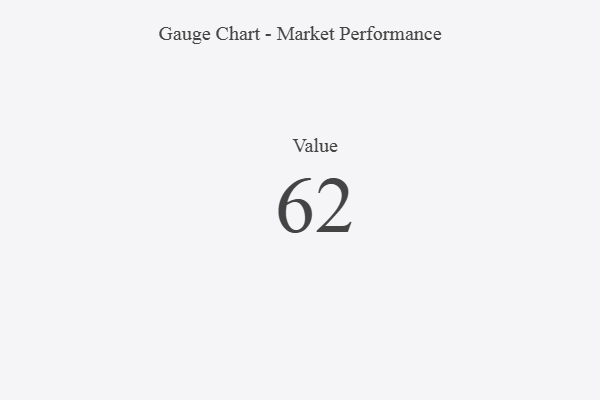
{"axis": {"x": "Metric", "y": "Value"}, "legend": [""], "data": [{"x": "Value", "y": 62, "type": ""}]}